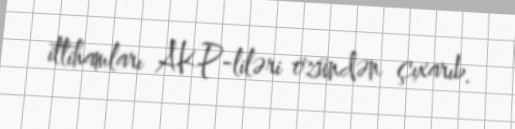
ittihamları AKP-liləri özündən çıxarıb.